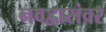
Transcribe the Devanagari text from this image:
नवद्वारांवर